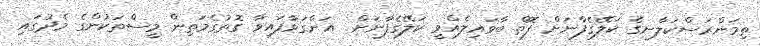
ތިމަންރަސްކަލާނގެ ކަލޭގެފާނަށް ފޮތް ބާވައިލެއްވީ ކަލޭގެފާނަށް  އަންގަވާފައިވާ ގޮތުގެމަތިން މީސްތަކުންގެ މެދުގައި